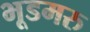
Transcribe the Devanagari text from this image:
भूडमरु